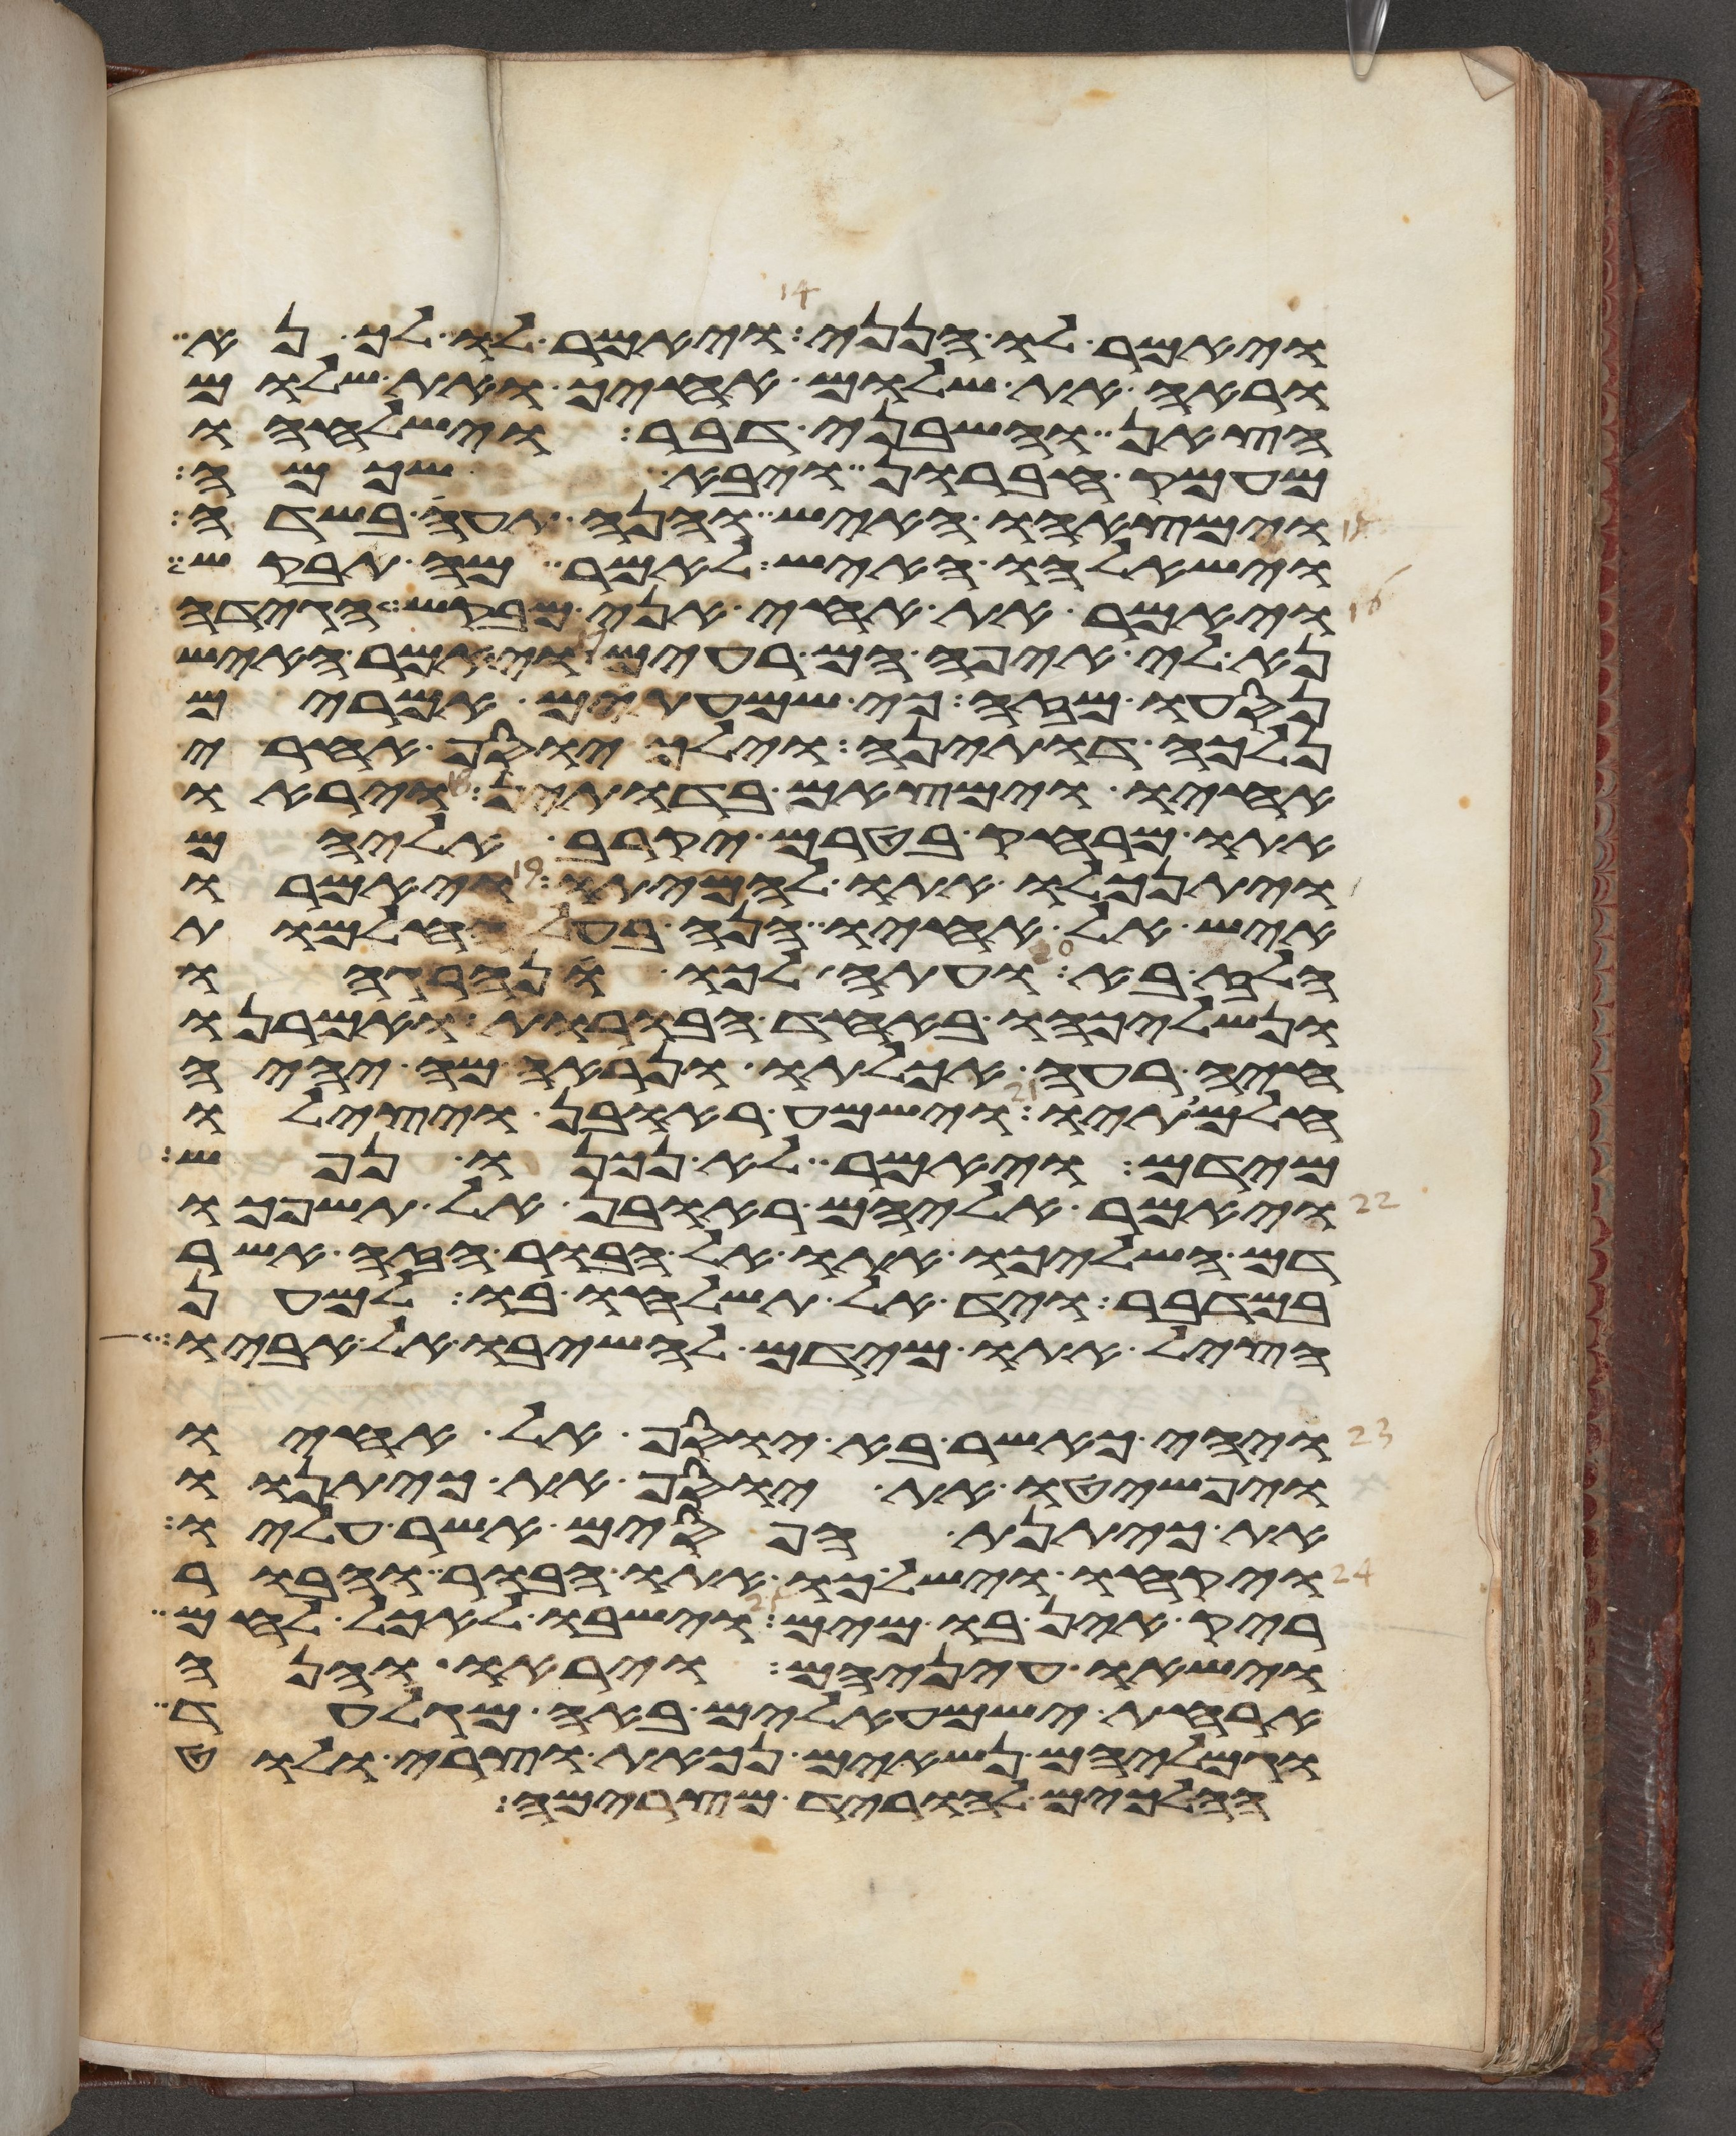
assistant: ויאמר לו הנני ויאמר לו לך נא
וראה את שלום אחיך ואת שלום
הצאן והשבני דבר וישלחהו
מעמק חברון ויבא שכמה
וימצאהו האיש והנה תעה בשדה
וישאלהו האיש לאמר מה תבקש
ויאמר את אחי אני מבקש הגידה
נא לי איפה הם רעים ויאמר האיש
נסעו מזה כי שמעתים אמרים
נלכה דותינה וילך יוסף אחרי
אחיו וימצאם בדותין ויראו
אתו מרחק בטרם יקרב אליהם
ויתנכלו אתו להמיתו ויאמרו
איש אל אחיו הנה בעל החלמות
הלז בא ועתה לכו ונהרגהו
ונשליכהו באחד הבורות ואמרנו
חיה רעה אכלתו ונראה מה יהיה
חלמתיו וישמע ראובן ויצלו
מידם ויאמר לא נכנו נפש
ויאמר אליהם ראובן אל תשפכו
דם השליכו אתו אל הבור הזה אשר
במדבר ויד אל תשלחו בו למען
הציל אתו מידם להשיבו אל אביו
ויהי כאשר בא יוסף אל אחיו
ויפשטו את יוסף את כיתנתו
את כיתנת הפסים אשר עליו
ויקחו וישלכו אתו הבור והבור
ריק אין בו מים וישבו לאכל לחם
וישאו עיניהם ויראו והנה
ארחת ישמעאלים באה מגלעד
וגמליהם נשאים נכאת וצרי ולוט
הלכים להוריד מצרימה